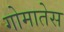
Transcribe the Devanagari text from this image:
गोमातेस